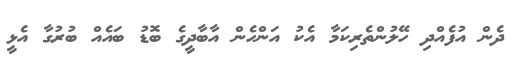
ދެން އުފެއްދި ހޭލުންތެރިކަމާ އެކު އަންހެން އާބާދީގެ ބޮޑު ބައެއް ބުރުގާ އެޅީ